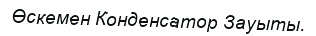
Өскемен Конденсатор Зауыты.